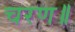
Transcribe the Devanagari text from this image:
चरण॥